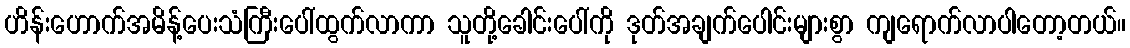
ဟိန်းဟောက်အမိန့်ပေးသံကြီးပေါ်ထွက်လာကာ သူတို့ခေါင်းပေါ်ကို ဒုတ်အချက်ပေါင်းများစွာ ကျရောက်လာပါတော့တယ်။